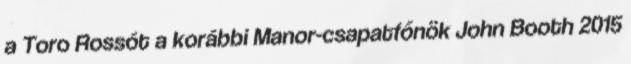
a Toro Rossót a korábbi Manor-csapatfőnök John Booth 2015